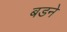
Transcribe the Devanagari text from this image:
बडने